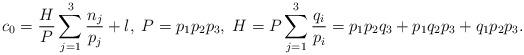
LaTeX: \begin{align*}c_{0}=\frac{H}{P}\sum_{j=1}^{3}\frac{n_{j}}{p_{j}}+l,\;P=p_{1}p_{2}p_{3},\;H=P\sum_{j=1}^{3}\frac{q_{i}}{p_{i}}=p_{1}p_{2}q_{3}+p_{1}q_{2}p_{3}+q_{1}p_{2}p_{3}.\end{align*}